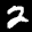
Label: 2